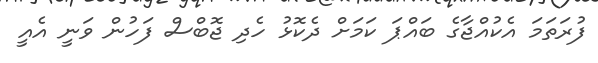
ފުރަތަމަ އެކުއްޖާގެ ބައްޕަ ކަމަށް ދެކޮޅު ހެދި ޖޮބްސް ފަހުން ވަނީ އެއީ